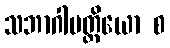
သဘာဂါပတ္တိယော စ